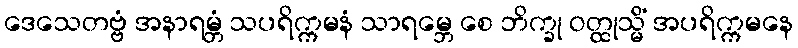
ဒေသေတဗ္ဗံ အနာရမ္ဘံ သပရိက္ကမနံ သာရမ္ဘေ စေ ဘိက္ခု ဝတ္ထုသ္မိံ အပရိက္ကမနေ